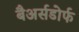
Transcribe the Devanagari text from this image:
बैअर्सडोर्फ